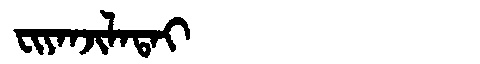
Manchu: ᠸᡳᠶᠠᠨᠵᡳᠯᠠᡨᠠᡳ
Romanization: FIYANJILATAI